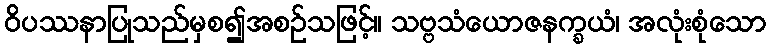
ဝိပဿနာပြုသည်မှစ၍အစဉ်သဖြင့်။ သဗ္ဗသံယောဇနက္ခယံ၊ အလုံးစုံသော